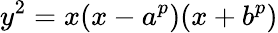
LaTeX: y^{2}=x(x-a^{p})(x+b^{p})